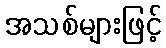
အသစ်များဖြင့်